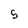
Character: 5